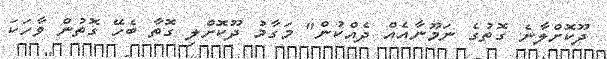
ދޫކޮށްލާނެ ގޮތުގެ ނަމޫނާއެއް ދެއްކުން" މަގާމު ދޫކޮށްލި ގޮތާ ބެހޭ ގޮތުން ވާހަކަ